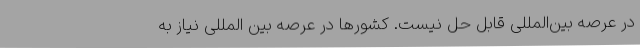
در عرصه بین‌المللی قابل حل نیست. کشورها در عرصه بین المللی نیاز به